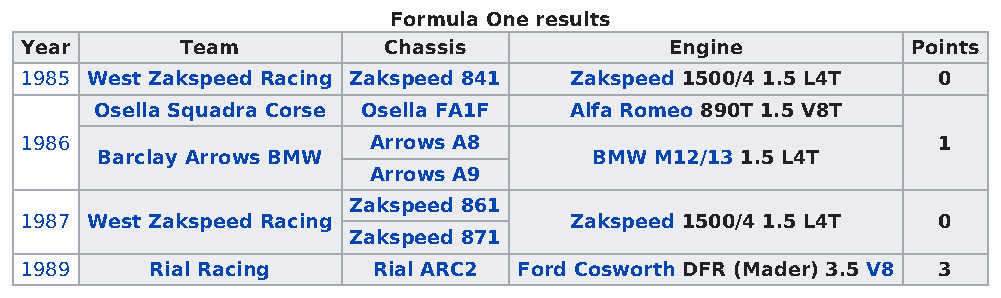
Formula One results
 Year       Team         Chassis            Engine          Points
 1985 West Zakspeed Racing Zakspeed 841 Zakspeed 1500/4 1.5 L4T 0
 Osella Squadra Corse Osella FA1F Alfa Romeo 890T 1.5 V8T
 1986                   Arrows A8                             1
 Barclay Arrows BMW               BMW M12/13 1.5 L4T
 Arrows A9
 Zakspeed 861
 1987 West Zakspeed Racing            Zakspeed 1500/4 1.5 L4T 0
 Zakspeed 871
 1989     Rial Racing    Rial ARC2 Ford Cosworth DFR (Mader) 3.5 V8 3